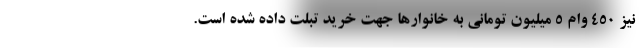
نیز ۴۵۰ وام ۵ میلیون تومانی به خانوارها جهت خرید تبلت داده شده است.